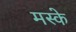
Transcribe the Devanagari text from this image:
मस्के